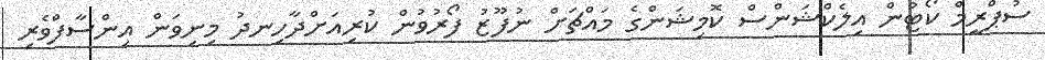
ސުޕްރީމް ކޯޓުން އިލެކްޝަންސް ކޮމިޝަންގެ މައްޗަށް ނުފޫޒު ފޯރުވުން ކުރިއަށްދާހިނދު މިނިވަން އިންސާފްވެރި